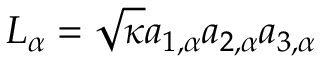
L _ { \alpha } = \sqrt { \kappa } a _ { 1 , \alpha } a _ { 2 , \alpha } a _ { 3 , \alpha }